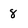
Character: 8